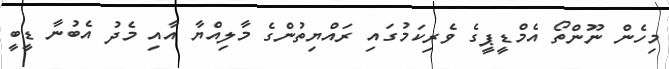
މިހެން ނޫންތޯ އެމްޑީޕީގެ ވެރިކަމުގައި ރައްޔިތުންގެ މާލިއްޔާ އާއި މެދު އެބުނާ ޑީބީ